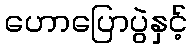
ဟောပြောပွဲနှင့်